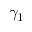
\gamma _ { 1 }